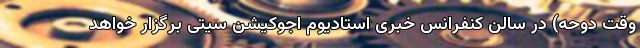
وقت دوحه) در سالن کنفرانس خبری استادیوم اجوکیشن سیتی برگزار خواهد